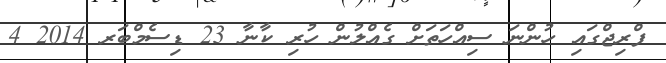
ފްރިޖްގައި ހުންނަ ސިއްހަތަށް ގެއްލުން ހުރި ކާނާ 23 ޑިސެމްބަރ 2014 4